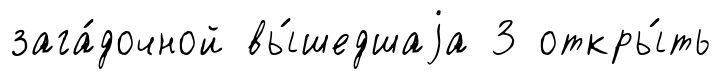
зага́дочной вы́шедшаjа 3 откры́ть